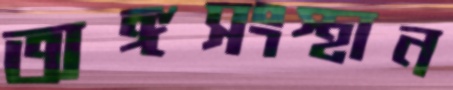
অঙ্গসংস্থান